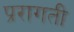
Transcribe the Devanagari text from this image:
प्ररागती